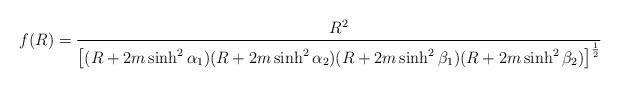
\begin{align*}f(R) = \frac{R^2}{\left[(R+2m \sinh^2\alpha_1)(R+2m \sinh^2\alpha_2) (R+2m \sinh^2\beta_1) (R+2m \sinh^2\beta_2)\right]^{\frac12}}\end{align*}